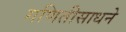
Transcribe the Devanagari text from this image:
गणितीसाधने